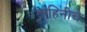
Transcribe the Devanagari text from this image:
बाहिनीचे